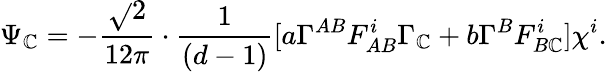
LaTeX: \Psi_{\mathbb{C}}=-\frac{{\sqrt{}{{2}}}}{{12\pi}}\cdot\frac{{1}}{{(d-1)}}[a\Gamma^{AB}F_{AB}^{i}\Gamma_{\mathbb{C}}+b\Gamma^{B}F_{B\mathbb{C}}^{i}]\chi^{i}.